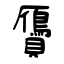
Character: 贗